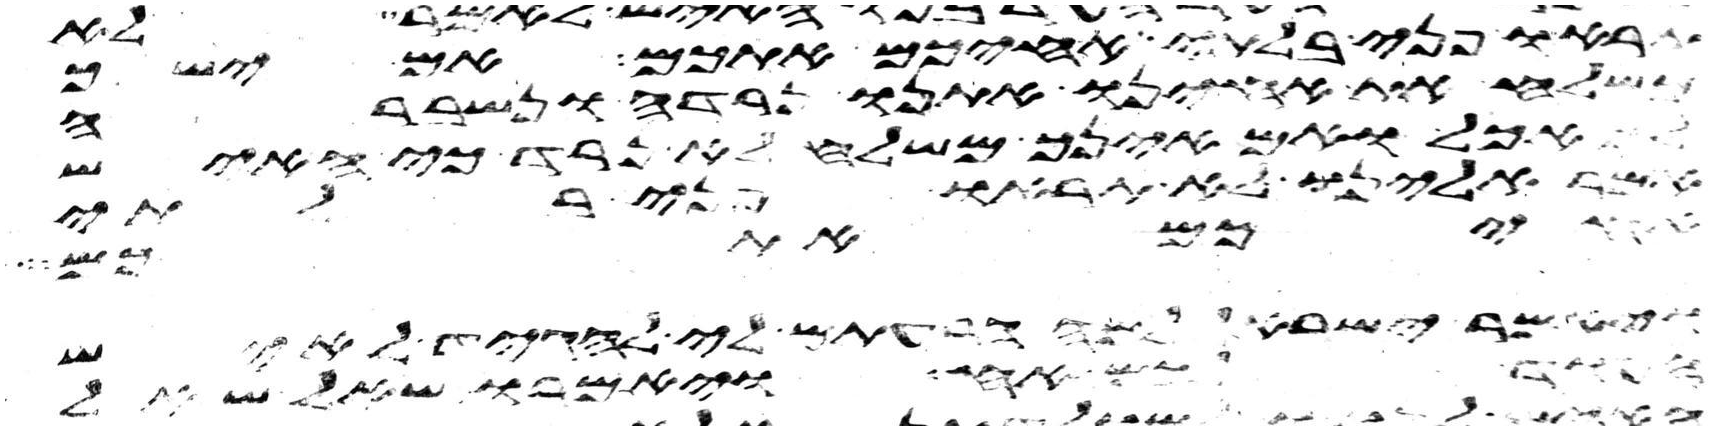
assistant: תראו פני בלתי אחיכם אתכם אם ישך
משלח את אחינו אתנו נרדה ונשברה
אכל ואם אינך משלח לא נרד כי האיש
אמר אלינו לא תראו פני בלתי
איביכם אז תשבת
ויאמר ישראל למה הרעתם לי להגיד לאיש
העוד לכם אח ויאמרו שאל שאל